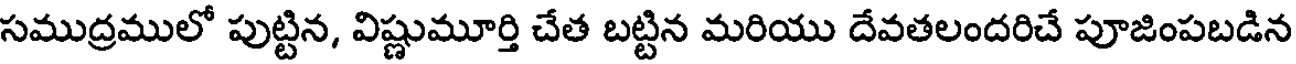
సముద్రములో పుట్టిన, విష్ణుమూర్తి చేత బట్టిన మరియు దేవతలందరిచే పూజింపబడిన